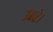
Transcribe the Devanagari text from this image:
उबरे।